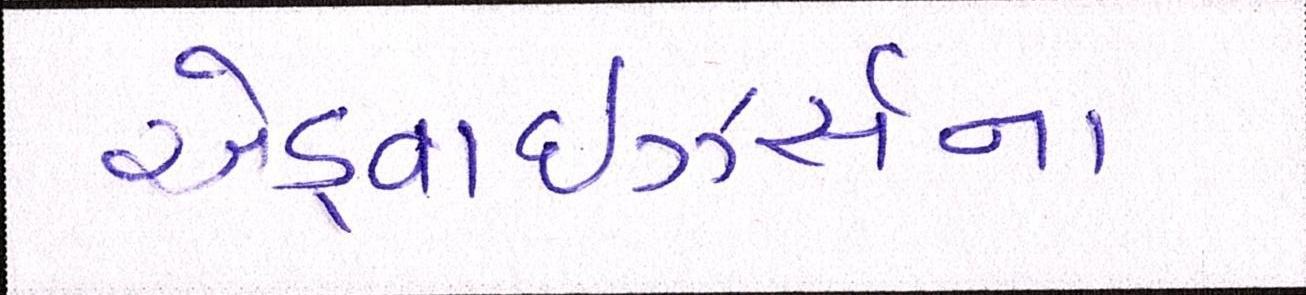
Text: એડ્વાઇઝર્સના